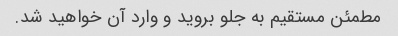
مطمئن مستقیم به جلو بروید و وارد آن خواهید شد.